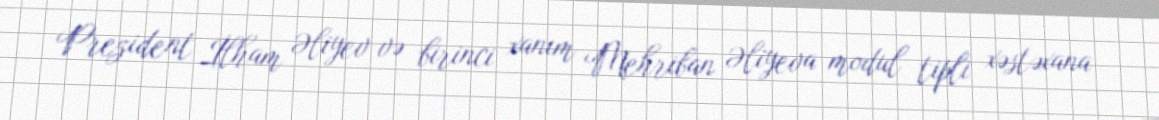
Prezident İlham Əliyev və birinci xanım Mehriban Əliyeva modul tipli xəstəxana